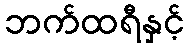
ဘက်ထရီနှင့်